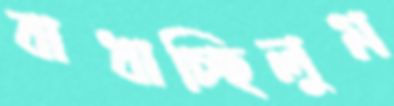
বাধাচ্ছিলুম